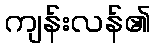
ကျန်းလန်၏